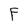
Character: F